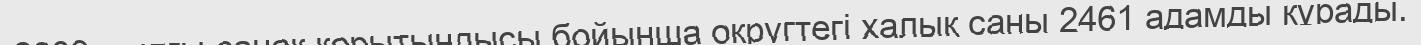
2009 жылғы санақ қорытындысы бойынша округтегі халық саны 2461 адамды құрады.